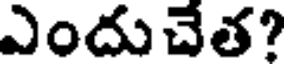
ఎందుచేత?